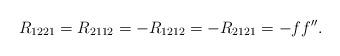
LaTeX: \begin{align*}R_{1221} = R_{2112} = - R_{1212} = - R_{2121} = -ff'' .\end{align*}